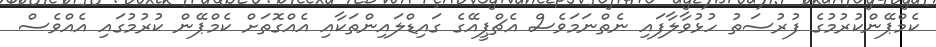
ކެމްޕޭންކުރުމުގެ ފުރުސަތު ހުޅުވާލާފައި ނެތްނަމަވެސް އެޗްޕީއޭގެ ގައިޑްލައިންތަކާއި އެއްގޮތަށް ކެމްޕޭން ކުރުމުގައި އެއްވެސް